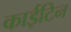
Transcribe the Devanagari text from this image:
काईटिन